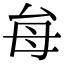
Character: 𭯇